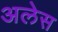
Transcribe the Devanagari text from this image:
अलेस